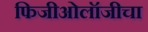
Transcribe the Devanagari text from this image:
फिजीओलॉजीचा